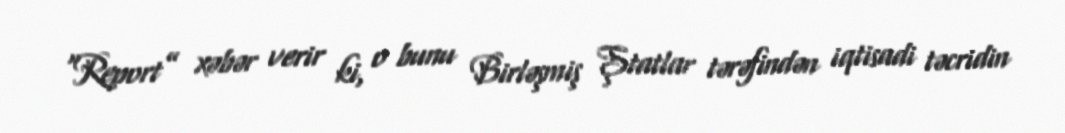
“Report” xəbər verir ki, o bunu Birləşmiş Ştatlar tərəfindən iqtisadi təcridin